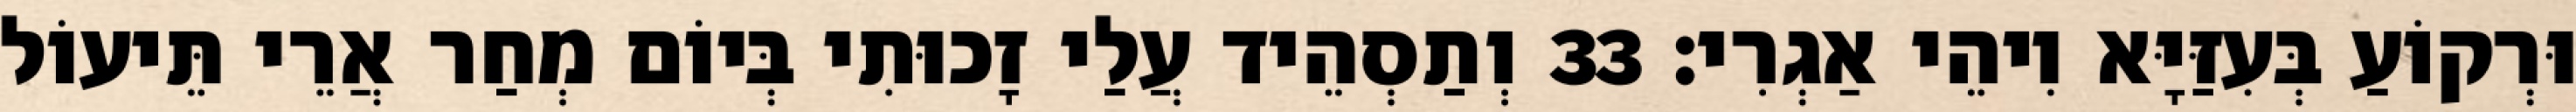
וּרְקוֹעַ בְּעִזַּיָּא וִיהֵי אַגְרִי׃ 33 וְתַסְהֵיד עֲלַי זָכוּתִי בְּיוֹם מְחַר אֲרֵי תֵּיעוֹל